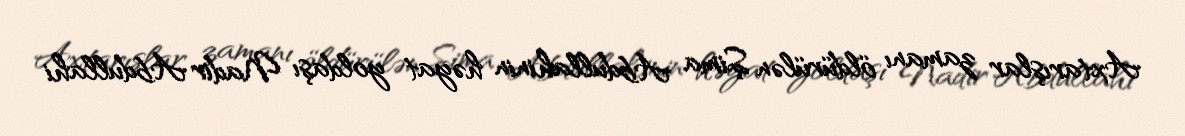
Axtarışlar zamanı öldürülən Şima Abdullahinin həyat yoldaşı Nadir Abdullahi